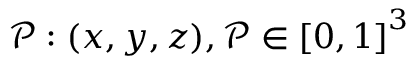
\mathcal { P } : ( x , y , z ) , \mathcal { P } \in { [ 0 , 1 ] } ^ { 3 }